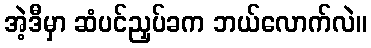
အဲ့ဒီမှာ ဆံပင်ညှပ်ခက ဘယ်လောက်လဲ။